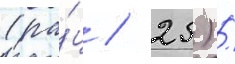
(ра́ц / 25) /